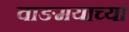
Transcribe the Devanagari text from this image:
वाङमयाच्या